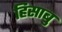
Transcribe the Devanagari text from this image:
हिसाबु